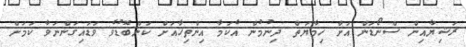
ރަޝިޔާއިން ސްނޯޑަން އަށް ހިމާޔަތް ދިނުމުން އެކަމާ އިންތިހާއަށް ކަންބޮޑުވެ ވަޑައިގަންނަވާ ކަމަށް